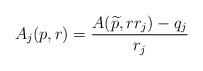
LaTeX: \begin{align*}A_j(p,r) = \frac{A(\widetilde p,rr_j)-q_j} {r_j}\end{align*}